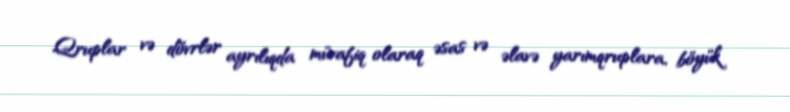
Qruplar və dövrlər ayrılıqda müvafiq olaraq əsas və əlavə yarımqruplara, böyük